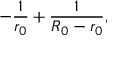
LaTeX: - \frac { 1 } { r _ { 0 } } + \frac { 1 } { R _ { 0 } - r _ { 0 } } ,